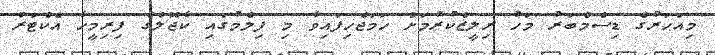
މިއަހަރުގެ ޑިސެމްބަރު މަހު ރިލީޒްކުރުމަށް ހަމަޖެހިފައިވާ މި ފިލްމުގައި ކާޖޮލްގެ ފިރިމީހާ އެކްޓަރު